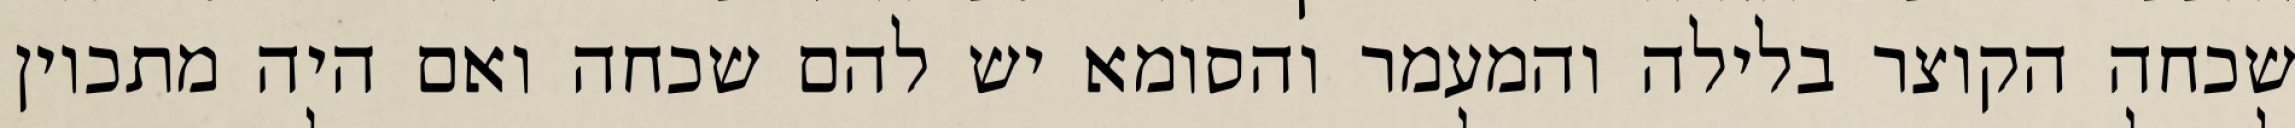
שכחה הקוצר בלילה והמעמר והסומא יש להם שכחה ואם היה מתכוין